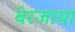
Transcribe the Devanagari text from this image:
बेरजाया